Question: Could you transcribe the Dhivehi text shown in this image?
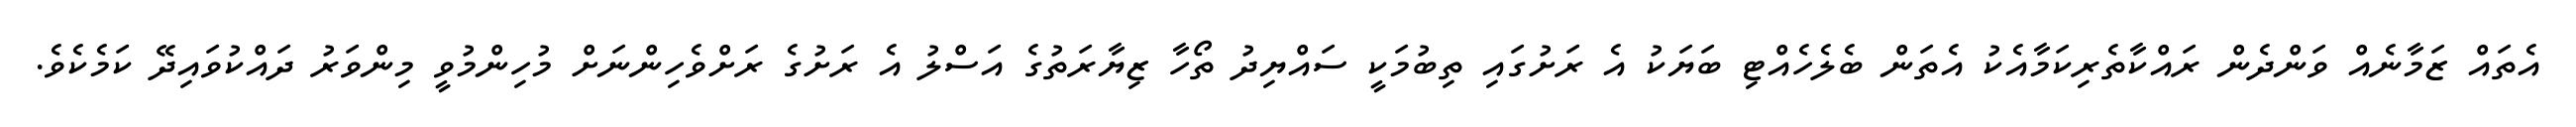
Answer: އެތައް ޒަމާނެއް ވަންދެން ރައްކާތެރިކަމާއެކު އެތަން ބެލެހެއްޓި ބަޔަކު އެ ރަށުގައި ތިބުމަކީ ސައްޔިދު ތޯހާ ޒިޔާރަތުގެ އަސްލު އެ ރަށުގެ ރަށްވެހިންނަށް މުހިންމުވީ މިންވަރު ދައްކުވައިދޭ ކަމެކެވެ.